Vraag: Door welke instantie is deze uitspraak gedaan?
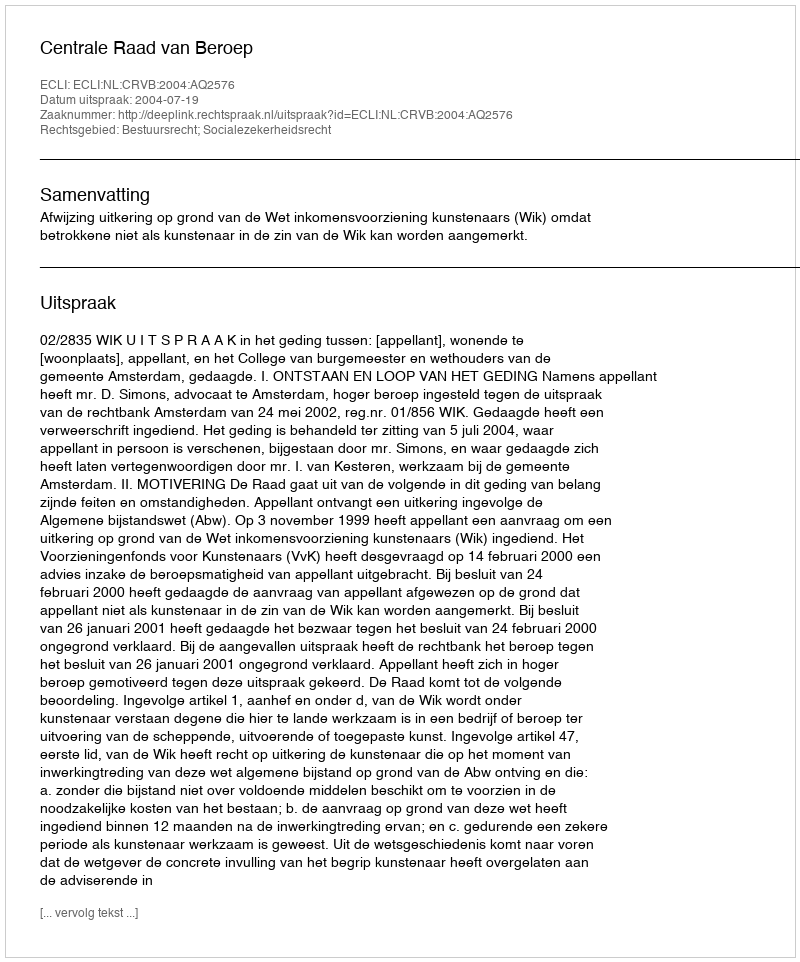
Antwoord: Centrale Raad van Beroep